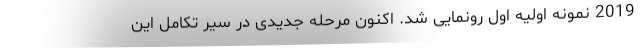
2019 نمونه اولیه اَول رونمایی شد. اکنون مرحله جدیدی در سیر تکامل این